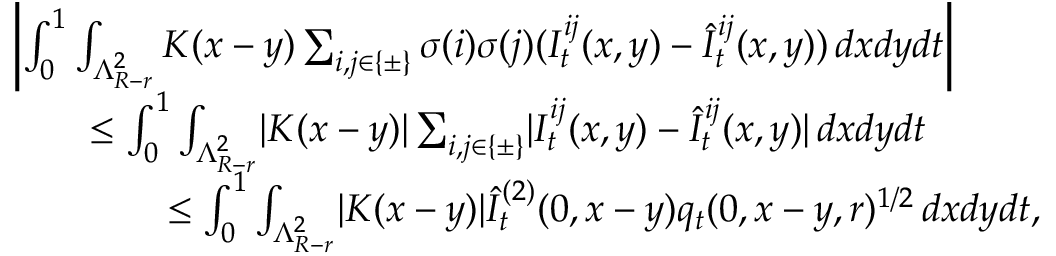
\begin{array} { r l } & { \left\lvert \int _ { 0 } ^ { 1 } \int _ { \Lambda _ { R - r } ^ { 2 } } K ( x - y ) \sum _ { i , j \in \{ \pm \} } \sigma ( i ) \sigma ( j ) ( I _ { t } ^ { i j } ( x , y ) - \hat { I } _ { t } ^ { i j } ( x , y ) ) \, d x d y d t \right\rvert } \\ & { \qquad \leq \int _ { 0 } ^ { 1 } \int _ { \Lambda _ { R - r } ^ { 2 } } \lvert K ( x - y ) \rvert \sum _ { i , j \in \{ \pm \} } \lvert I _ { t } ^ { i j } ( x , y ) - \hat { I } _ { t } ^ { i j } ( x , y ) \rvert \, d x d y d t } \\ & { \qquad \qquad \leq \int _ { 0 } ^ { 1 } \int _ { \Lambda _ { R - r } ^ { 2 } } \lvert K ( x - y ) \rvert \hat { I } _ { t } ^ { ( 2 ) } ( 0 , x - y ) q _ { t } ( 0 , x - y , r ) ^ { 1 / 2 } \, d x d y d t , } \end{array}